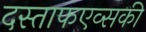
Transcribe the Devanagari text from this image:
दस्ताफएव्सकी